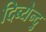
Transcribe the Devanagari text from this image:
दिब्येन्दु